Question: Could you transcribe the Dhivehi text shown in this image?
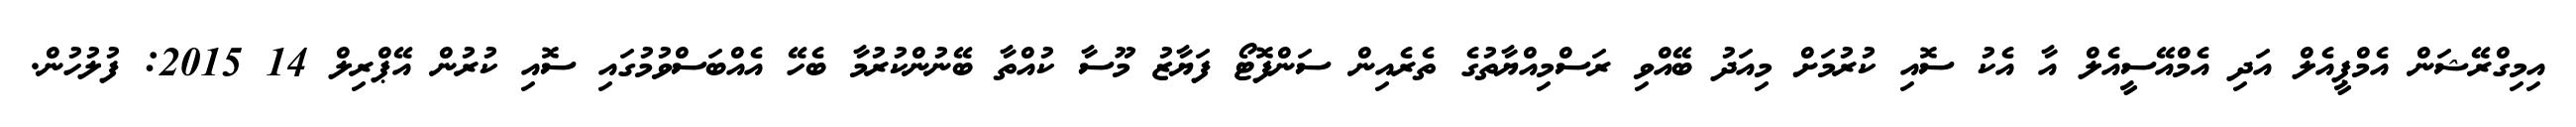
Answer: އިމިގްރޭޝަން އެމްޕީއެލް އަދި އެމްއޭސީއެލް އާ އެކު ސޮއި ކުރުމަށް މިއަދު ބޭއްވި ރަސްމިއްޔާތުގެ ތެރެއިން ސަންފޮޓޯ ފަޔާޒު މޫސާ ކުއްތާ ބޭނުންކުރުމާ ބެހޭ އެއްބަސްވުމުގައި ސޮއި ކުރުން އޭޕްރިލް 14 2015: ފުލުހުން.